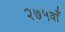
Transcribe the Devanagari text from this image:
२७५वाँ